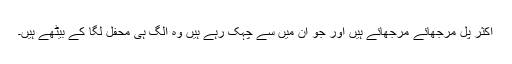
اکثر پل مرجھائے مرجھائے ہیں اور جو ان میں سے چہک رہے ہیں وہ الگ ہی محفل لگا کے بیٹھے ہیں۔